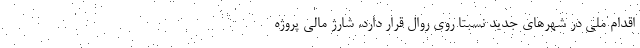
اقدام ملی در شهرهای جدید نسبتا روی روال قرار دارد. شارژ مالی پروژه